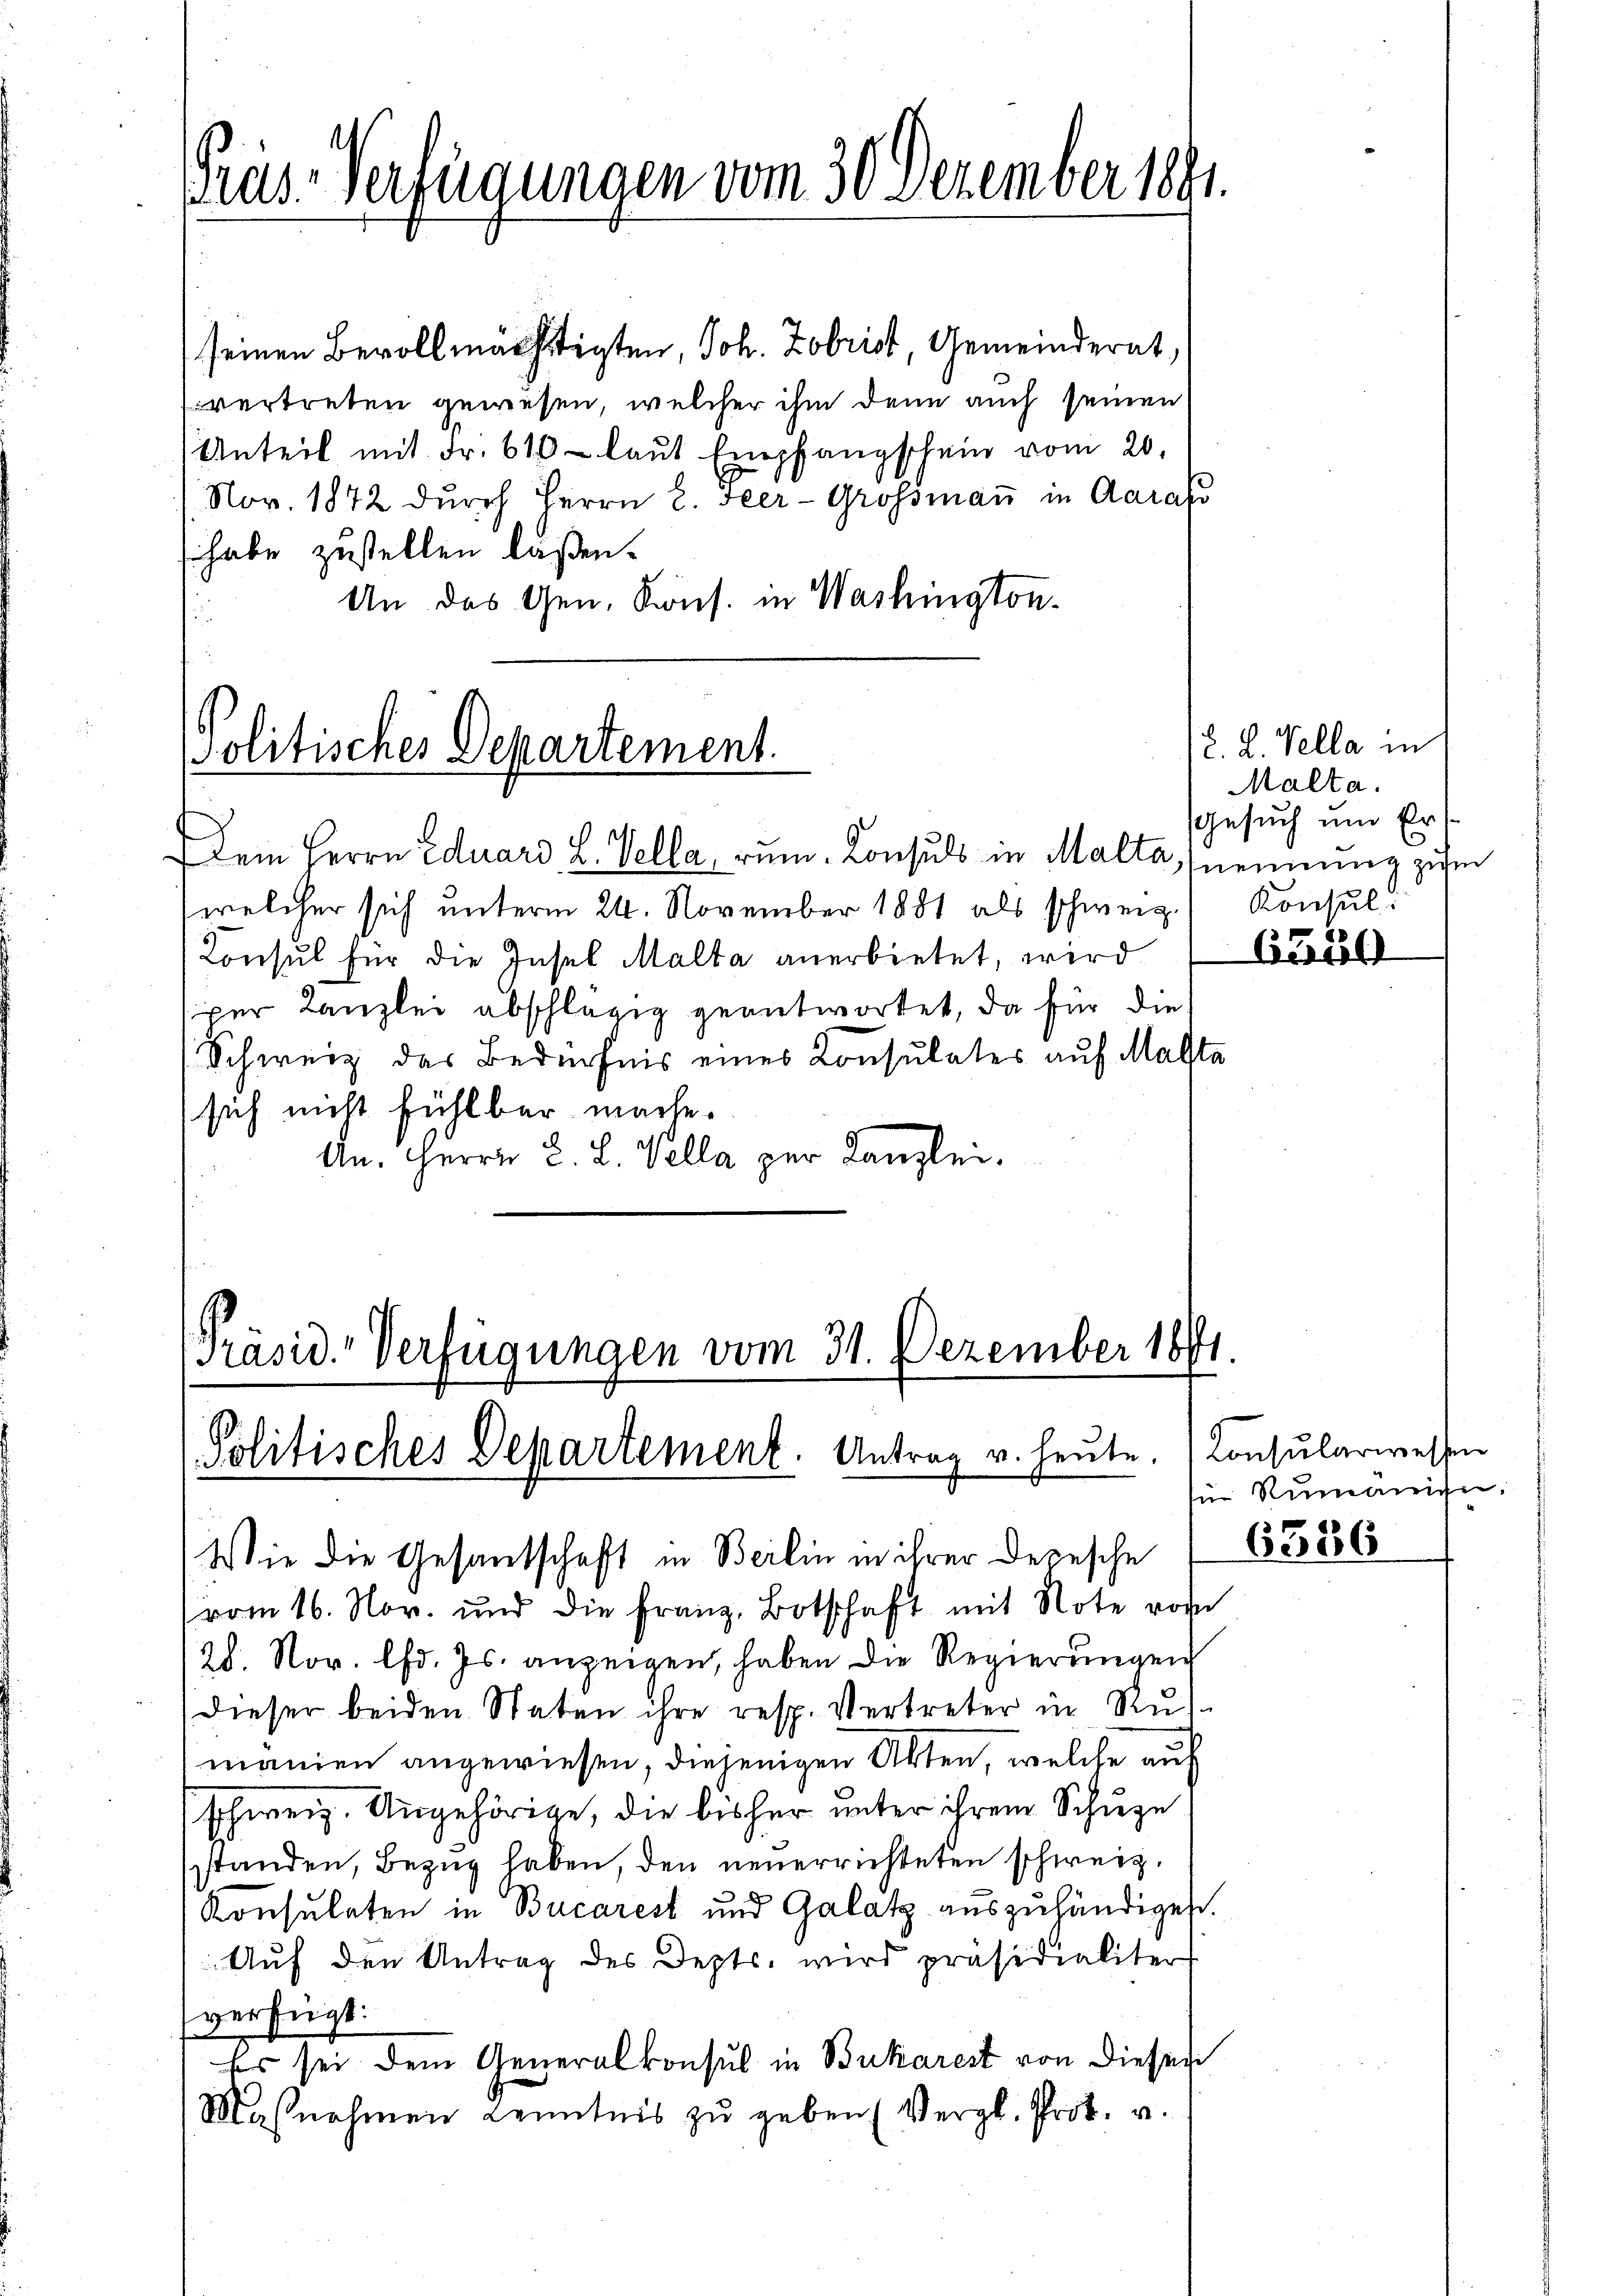
Prus-Verfügungen vom 30 Dezember 1891.

seinen Bevollmächtigten, Joh. Zobrist, Gemeinderat,
vertreten gewesen, welcher ihm dann auch seinen
Anteil mit Fr. 610 - laŭt Empfangschein vom 20.
Nov. 1872 dŭrch Herrn C. Heer-Grossmaṅ in Aara
s habe zustellen laßen.
An das Gen. Kons. in Washington-

politisches Departement.

Dem Herrn Eduard L. Tella, rum. Konsuls in Malta, nennung zum
(welcher sich unterm 24. November 1881 als schweiz. Konsul
Consul für die Insel Malta anerbietet, wird (Cescoll
per Kanzlei abschlägig geantwortet, da für die
Schweiz des Bedürfnis eines Consulates auf Malsta
sich nicht fühlbar mache.
An. Herrn J. L. Vella per Kanzlei.

[Präsid. Verfügungen vom 31. Dezember 1891.
Politisches Departement. Antrag u. heute. (Consularwessen
Wie die Gesandtschaft in Berlin in ihrer Depesche 63836

vom 16. Nov. und die Franz, Botschaft mit Note vom
28. Nov. lfd. Js. anzeigen, haben die Regierungen
dieser beiden Staten ihre resp. Vertreter in Rusmänien angewiesen, diejenigen Akten, welche auf
(schweiz. Angehörige, die bisher unter ihrem Schuze
standen, Bezug haben, den neuerrichteten schweiz.
Konsulaten in Bucarest und Galatz auszuhändigen.
Auf den Antrag des Depts, wird präsidialiter
verfügt:
Es sei dem Generalkonsul in Bukarest von diesen
Maβnahmen Kenntnis zu geben (Vergl. Prot. v.

B. L. Tella in
Malta.
Gesuch und Ers

ü Rumanien,